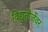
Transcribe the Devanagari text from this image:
विद्युतौर्जेवर